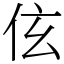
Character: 伭